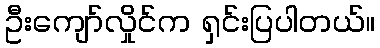
ဦးကျော်လှိုင်က ရှင်းပြပါတယ်။